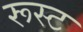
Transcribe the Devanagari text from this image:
रूस्ट